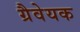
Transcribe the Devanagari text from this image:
ग्रैवेयक